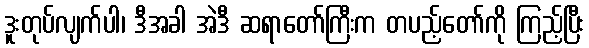
ဒူးတုပ်လျက်ပါ၊ ဒီအခါ အဲဒီ ဆရာတော်ကြီးက တပည့်တော်ကို ကြည့်ပြီး